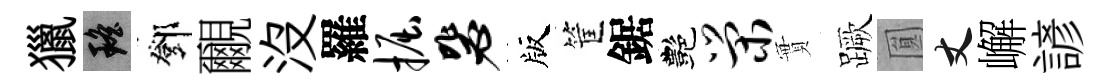
獵瑶鄧覼没羅掘毖版筐鋸艷荣實蹶圎丈嶰諺